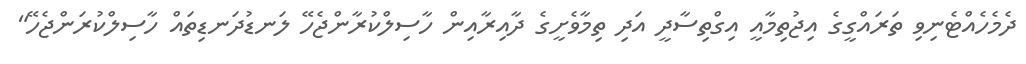
ދެމެހެއްޓެނިވި ތަރައްގީގެ އިޖުތިމާއީ އިގްތިސާދީ އަދި ތިމާވެށީގެ ދާއިރާއިން ހާސިލްކުރާންޖެހޭ ލަނޑުދަނޑިތައް ހާސިލްކުރަންޖެހޭ"